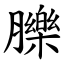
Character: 䑈